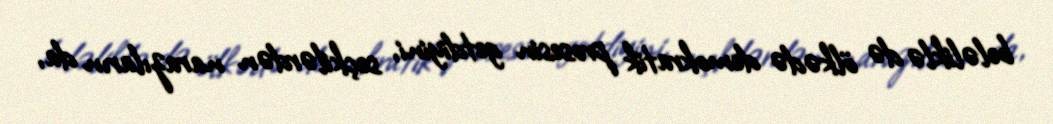
beləliklə də ölkədə demokratik prosesin getdiyini, seçkilərdən narazıların da,